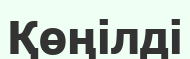
Қөңілді